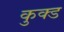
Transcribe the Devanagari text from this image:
कुक्ड